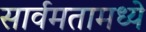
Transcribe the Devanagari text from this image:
सार्वमतामध्ये